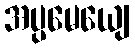
အပ္ပမေယျေ